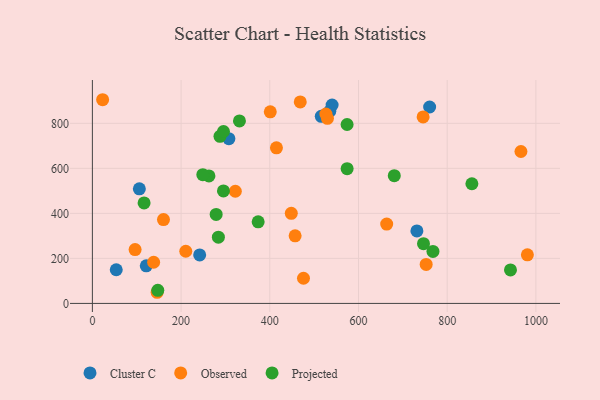
{"axis": {"x": "Price", "y": "Rating"}, "legend": ["Cluster C", "Observed", "Projected"], "data": [{"x": "241.9", "y": 215.3, "type": "Cluster C"}, {"x": "121.5", "y": 167.0, "type": "Cluster C"}, {"x": "535.3", "y": 854.0, "type": "Cluster C"}, {"x": "731.7", "y": 322.2, "type": "Cluster C"}, {"x": "540.5", "y": 881.4, "type": "Cluster C"}, {"x": "105.9", "y": 509.0, "type": "Cluster C"}, {"x": "307.8", "y": 731.8, "type": "Cluster C"}, {"x": "760.4", "y": 872.5, "type": "Cluster C"}, {"x": "53.8", "y": 149.5, "type": "Cluster C"}, {"x": "516.1", "y": 831.2, "type": "Cluster C"}, {"x": "526.5", "y": 841.0, "type": "Observed"}, {"x": "138.1", "y": 182.8, "type": "Observed"}, {"x": "322.3", "y": 498.2, "type": "Observed"}, {"x": "23.1", "y": 904.9, "type": "Observed"}, {"x": "146.0", "y": 49.5, "type": "Observed"}, {"x": "966.3", "y": 674.9, "type": "Observed"}, {"x": "663.6", "y": 352.3, "type": "Observed"}, {"x": "96.3", "y": 239.2, "type": "Observed"}, {"x": "210.6", "y": 231.7, "type": "Observed"}, {"x": "468.7", "y": 895.2, "type": "Observed"}, {"x": "476.0", "y": 111.8, "type": "Observed"}, {"x": "401.1", "y": 851.3, "type": "Observed"}, {"x": "415.0", "y": 691.3, "type": "Observed"}, {"x": "745.7", "y": 828.7, "type": "Observed"}, {"x": "448.5", "y": 400.2, "type": "Observed"}, {"x": "980.8", "y": 215.9, "type": "Observed"}, {"x": "530.0", "y": 822.4, "type": "Observed"}, {"x": "457.1", "y": 300.1, "type": "Observed"}, {"x": "160.3", "y": 372.6, "type": "Observed"}, {"x": "752.6", "y": 173.3, "type": "Observed"}, {"x": "262.8", "y": 566.5, "type": "Projected"}, {"x": "287.7", "y": 742.4, "type": "Projected"}, {"x": "680.7", "y": 567.6, "type": "Projected"}, {"x": "295.5", "y": 499.6, "type": "Projected"}, {"x": "942.7", "y": 149.0, "type": "Projected"}, {"x": "373.8", "y": 362.5, "type": "Projected"}, {"x": "295.6", "y": 763.8, "type": "Projected"}, {"x": "855.7", "y": 531.7, "type": "Projected"}, {"x": "279.1", "y": 395.2, "type": "Projected"}, {"x": "249.0", "y": 571.9, "type": "Projected"}, {"x": "147.5", "y": 58.2, "type": "Projected"}, {"x": "746.6", "y": 265.3, "type": "Projected"}, {"x": "331.6", "y": 810.9, "type": "Projected"}, {"x": "767.9", "y": 231.1, "type": "Projected"}, {"x": "116.6", "y": 446.6, "type": "Projected"}, {"x": "574.3", "y": 794.8, "type": "Projected"}, {"x": "574.4", "y": 598.6, "type": "Projected"}, {"x": "284.1", "y": 294.4, "type": "Projected"}]}